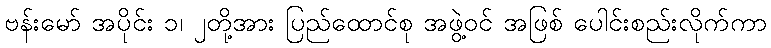
ဗန်းမော် အပိုင်း ၁၊ ၂တို့အား ပြည်ထောင်စု အဖွဲ့ဝင် အဖြစ် ပေါင်းစည်းလိုက်ကာ